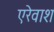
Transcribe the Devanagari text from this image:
एरेवाश